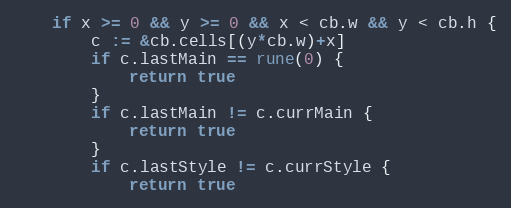
Language: Go
	if x >= 0 && y >= 0 && x < cb.w && y < cb.h {
		c := &cb.cells[(y*cb.w)+x]
		if c.lastMain == rune(0) {
			return true
		}
		if c.lastMain != c.currMain {
			return true
		}
		if c.lastStyle != c.currStyle {
			return true